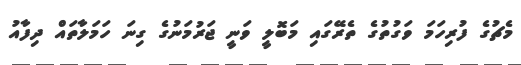
މެޗުގެ ފުރިހަމަ ވަގުތުގެ ތެރޭގައި މަބޮލީ ވަނީ ޖަރުމަނުގެ ގިނަ ހަމަލާތައް ދިފާއު